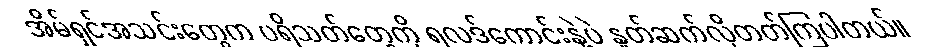
အိမ်ရှင်အသင်းတွေက ပရိသတ်တွေကို ရလဒ်ကောင်းနဲ့ပဲ နှုတ်ဆက်လိုတတ်ကြပါတယ်။